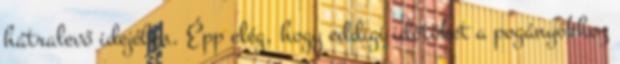
hátralevő idejében. Épp elég, hogy eddigi időtöket a pogányokhoz